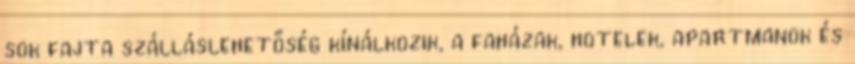
sok fajta szálláslehetőség kínálkozik, a faházak, hotelek, apartmanok és